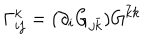
\Gamma _ { i j } ^ { k } = ( \partial _ { i } G _ { j { \bar { k } } } ) G ^ { { \bar { k } } k }